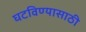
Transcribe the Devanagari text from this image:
घटविण्यासाठी